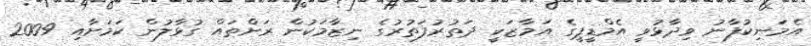
އެމަނިކުފާނު ވިދާޅުވީ އެމްޑީޕީގެ އަމާޒަކީ ދަތުރުފަތުރުގެ ނިޒާމަކުން ރަށްތައް ގުޅާލުން ކަމަށާއި 2009